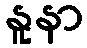
နူနာ